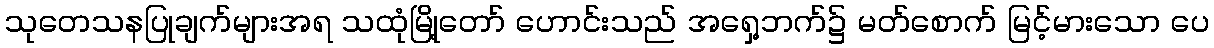
သုတေသနပြုချက်များအရ သထုံမြို့တော် ဟောင်းသည် အရှေ့ဘက်၌ မတ်စောက် မြင့်မားသော ပေ